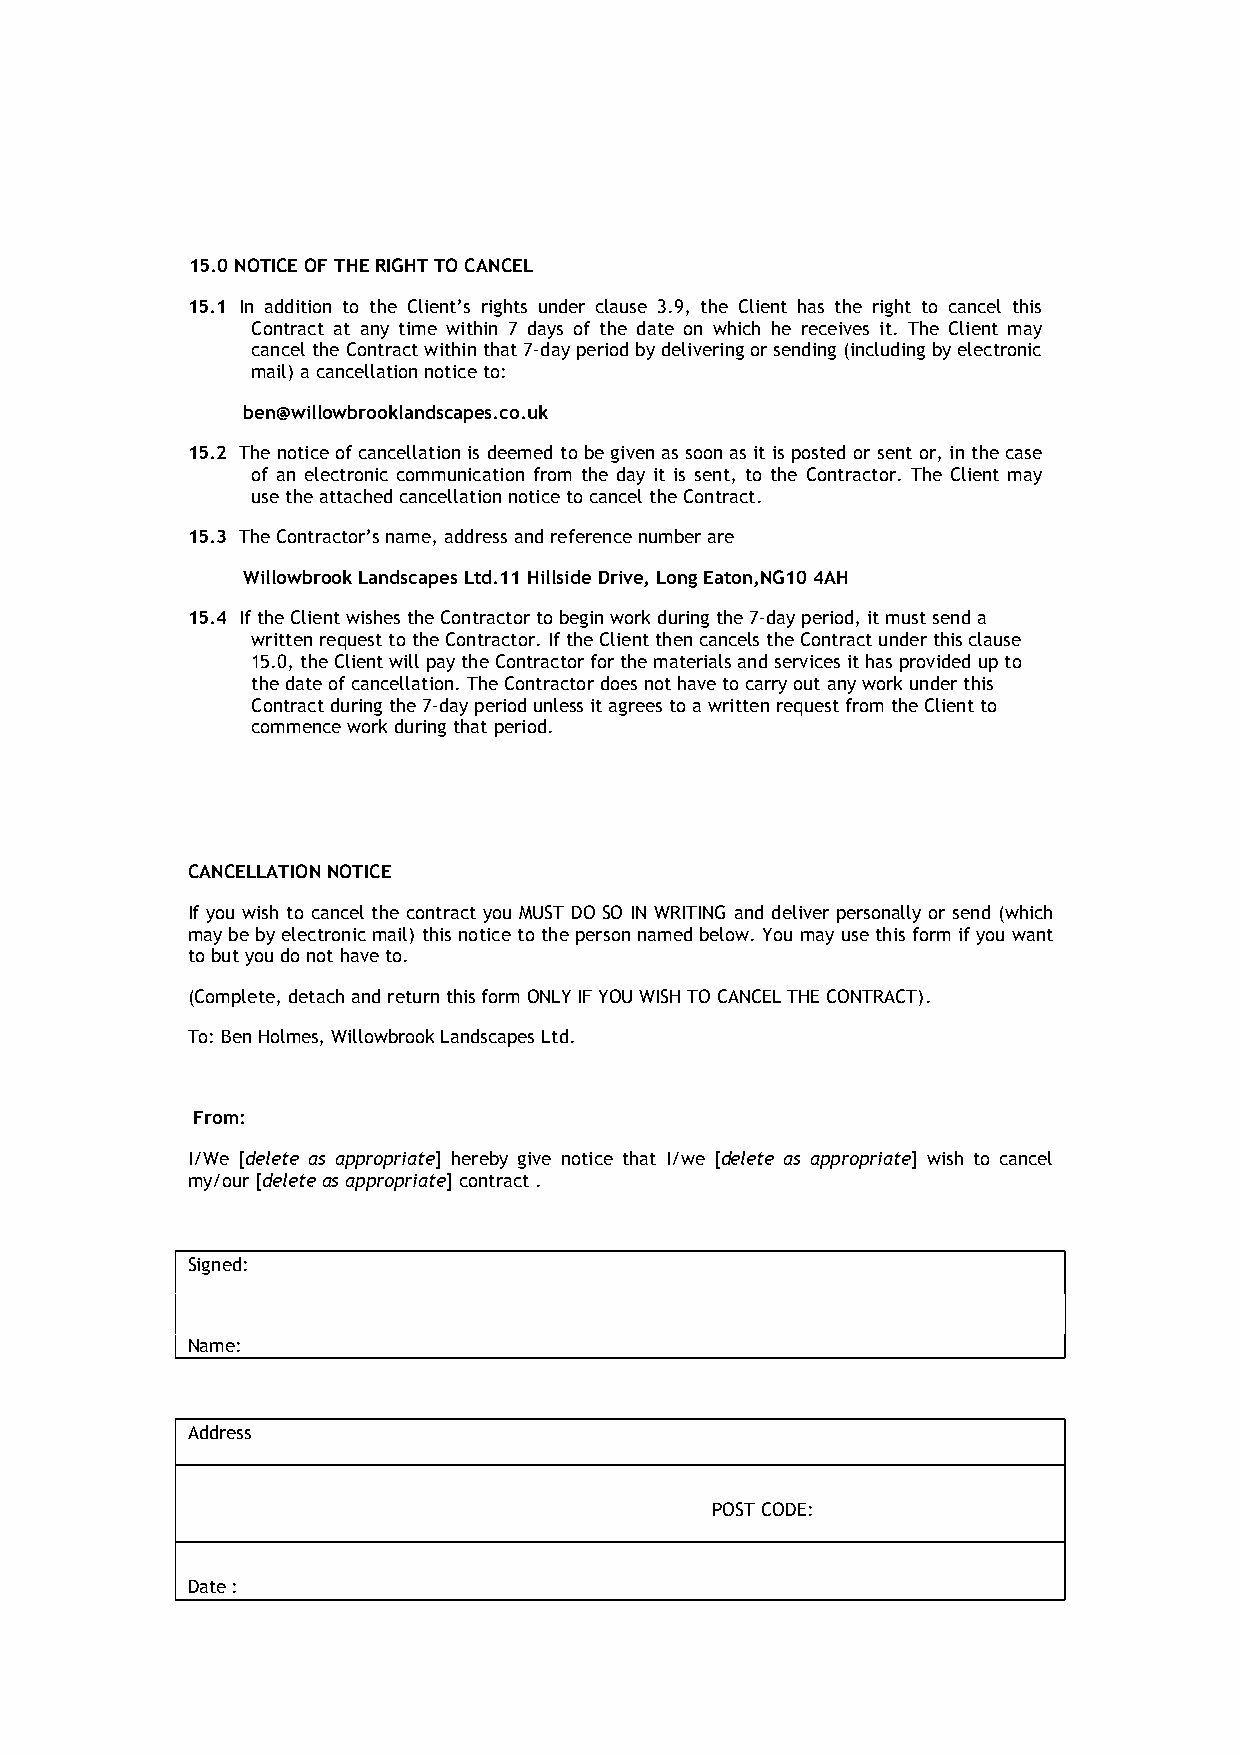
15.0 NOTICE OF THE RIGHT TO CANCEL
 15.1 In addition to the Client’s rights under clause 3.9, the Client has the right to cancel this
 Contract at any time within 7 days of the date on which he receives it. The Client may
 cancel the Contract within that 7-day period by delivering or sending (including by electronic
 mail) a cancellation notice to:
 ben@willowbrooklandscapes.co.uk
 15.2 The notice of cancellation is deemed to be given as soon as it is posted or sent or, in the case
 of an electronic communication from the day it is sent, to the Contractor. The Client may
 use the attached cancellation notice to cancel the Contract.
 15.3 The Contractor’s name, address and reference number are
 Willowbrook Landscapes Ltd.11 Hillside Drive, Long Eaton,NG10 4AH
 15.4 If the Client wishes the Contractor to begin work during the 7-day period, it must send a
 written request to the Contractor. If the Client then cancels the Contract under this clause
 15.0, the Client will pay the Contractor for the materials and services it has provided up to
 the date of cancellation. The Contractor does not have to carry out any work under this
 Contract during the 7-day period unless it agrees to a written request from the Client to
 commence work during that period.
 CANCELLATION NOTICE
 If you wish to cancel the contract you MUST DO SO IN WRITING and deliver personally or send (which
 may be by electronic mail) this notice to the person named below. You may use this form if you want
 to but you do not have to.
 (Complete, detach and return this form ONLY IF YOU WISH TO CANCEL THE CONTRACT).
 To: Ben Holmes, Willowbrook Landscapes Ltd.
 From:
 I/We [delete as appropriate] hereby give notice that I/we [delete as appropriate] wish to cancel
 my/our [delete as appropriate] contract .
 Signed:
 Name:
 Address
 POST CODE:
 Date :